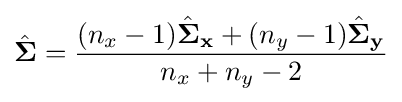
{\hat {\mathbf {\Sigma } }}={\frac {(n_{x}-1){\hat {\mathbf {\Sigma } }}_{\mathbf {x} }+(n_{y}-1){\hat {\mathbf {\Sigma } }}_{\mathbf {y} }}{n_{x}+n_{y}-2}}